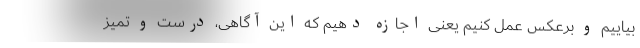
بیاییم و برعکس عمل کنیم یعنی اجازه دهیم که این آگاهی، درست و تمیز